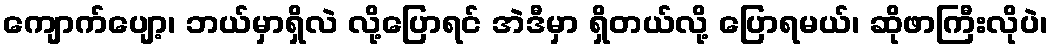
ကျောက်ပျော့၊ ဘယ်မှာရှိလဲ လို့ပြောရင် အဲဒီမှာ ရှိတယ်လို့ ပြောရမယ်၊ ဆိုဖာကြီးလိုပဲ၊